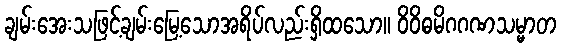
ချမ်းအေးသဖြင့်ချမ်းမြေ့သောအရိပ်လည်းရှိထသော။ ဝိဝိဓမိဂဂဏသမ္မာတ